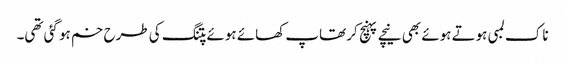
ناک لمبی ہوتے ہوئے بھی نیچے پہنچ کر تھاپ کھائے ہوئے پتنگ کی طرح خم ہو گئی تھی۔